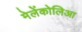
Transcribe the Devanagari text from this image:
मेलेंकोलिआ